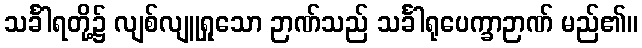
သင်္ခါရတို့၌ လျစ်လျူရှုသော ဉာဏ်သည် သင်္ခါရုပေက္ခာဉာဏ် မည်၏။